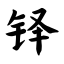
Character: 铎